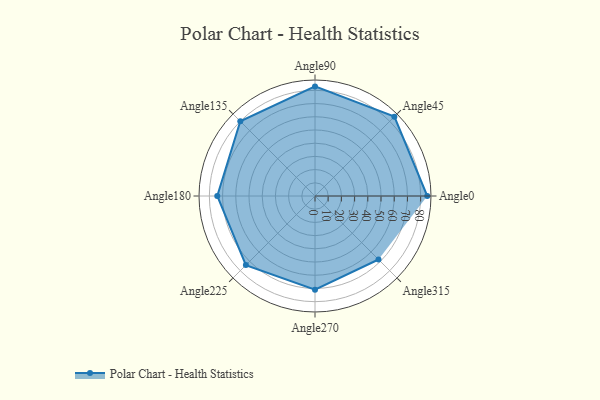
{"axis": {"x": "Angle", "y": "Radius"}, "legend": [""], "data": [{"x": "Angle0", "y": 85.0, "type": ""}, {"x": "Angle45", "y": 85.0, "type": ""}, {"x": "Angle90", "y": 83.0, "type": ""}, {"x": "Angle135", "y": 80.0, "type": ""}, {"x": "Angle180", "y": 74.0, "type": ""}, {"x": "Angle225", "y": 74.0, "type": ""}, {"x": "Angle270", "y": 71.0, "type": ""}, {"x": "Angle315", "y": 68.0, "type": ""}]}